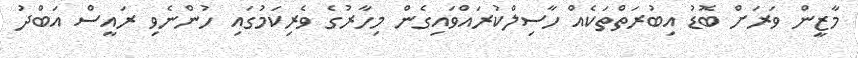
މާޒީން ވަރަށް ބޮޑު އިބުރަތްތަކެއް ހާސިލްކުރައްވައިގެން މިހާރުގެ ވެރިކަމުގައި ހުންނެވި ރައީސް އަބްދު